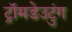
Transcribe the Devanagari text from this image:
ट्रॉमडेउटुंग